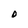
Character: O